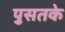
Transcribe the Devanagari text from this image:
पुसतके